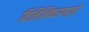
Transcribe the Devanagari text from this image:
विलिनिकरणाद्वारे